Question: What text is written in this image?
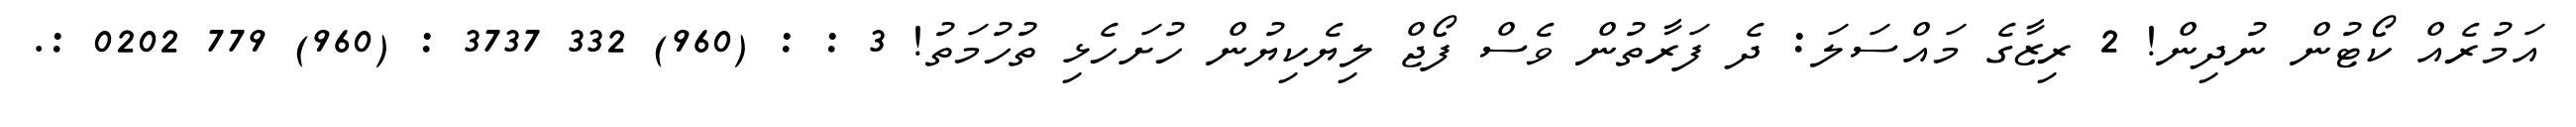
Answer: އަމުރެއް ކޯޓުން ނުދިން! 2 ރިޒާގެ މައްސަލަ: ދެ ފަރާތުން ވެސް ފޯޖް ލިޔެކިޔުން ހުށަހެޅި ތުހުމަތު! 3 : : (960) 332 3737 : (960) 779 0202 :.